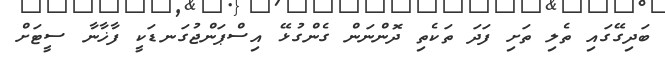
ބަދިގޭގައި ތެލި ތަށި ފަދަ ތަކެތި ދޮންނަން ގެންގުޅޭ އިސްޕަންޖުގަނޑަކީ ފާޚާނާ ސީޓަށް